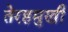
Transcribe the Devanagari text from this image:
तेरहमुखी